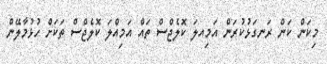
މިކަން ކަން ރަނގަޅުކުރަން އަމިއލަ ކޮލެޖްސް ތައް އަމިއްލަ ކޮލެޖްސް ތަކަށް ހުޅުމާލޭން